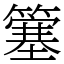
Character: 簺